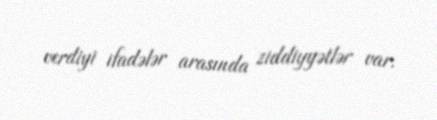
verdiyi ifadələr arasında ziddiyyətlər var.